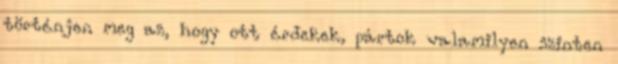
történjen meg az, hogy ott érdekek, pártok valamilyen szinten